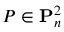
P \in \mathbf { P } _ { n } ^ { 2 }